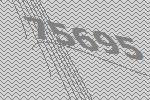
75695